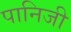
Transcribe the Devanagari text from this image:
पानिजी